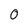
Character: 0